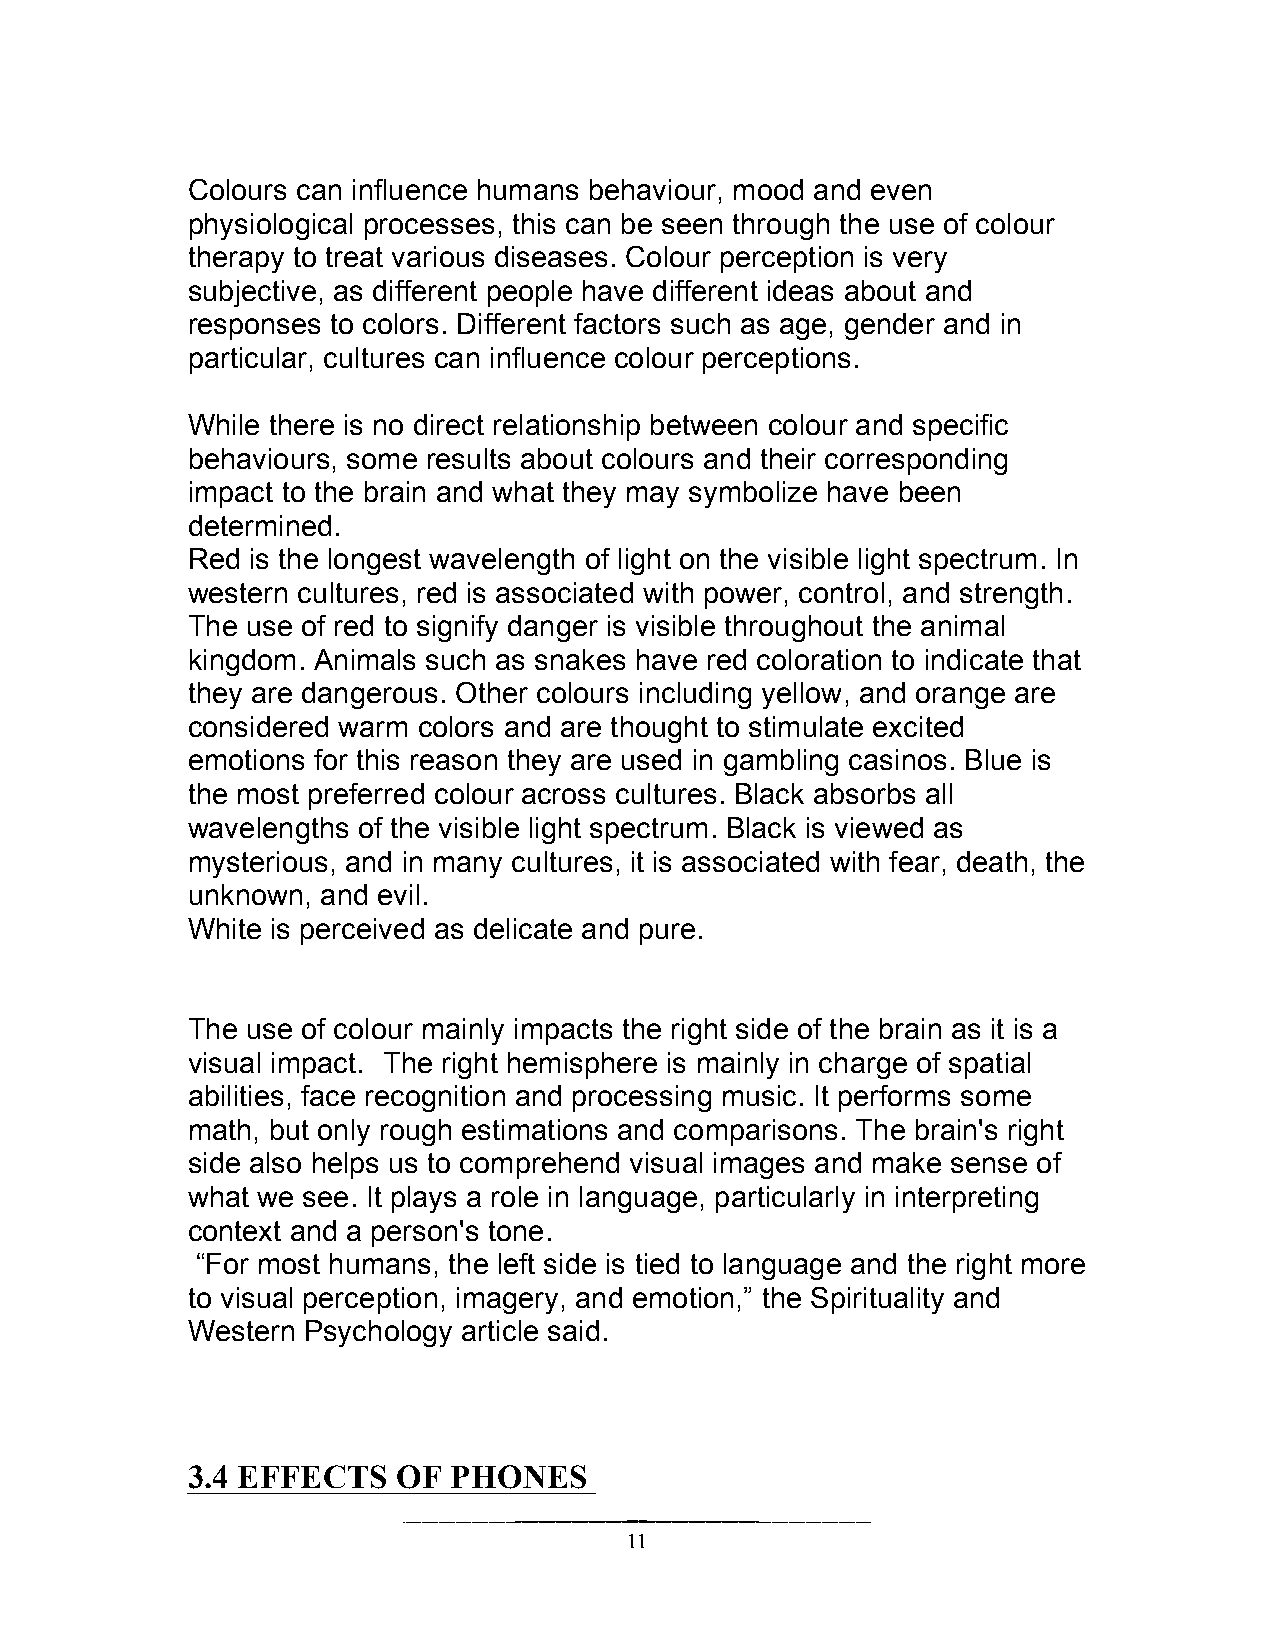
Colours can influence humans behaviour, mood and even
 physiological processes, this can be seen through the use of colour
 therapy to treat various diseases. Colour perception is very
 subjective, as different people have different ideas about and
 responses to colors. Different factors such as age, gender and in
 particular, cultures can influence colour perceptions.
 While there is no direct relationship between colour and specific
 behaviours, some results about colours and their corresponding
 impact to the brain and what they may symbolize have been
 determined.
 Red is the longest wavelength of light on the visible light spectrum. In
 western cultures, red is associated with power, control, and strength.
 The use of red to signify danger is visible throughout the animal
 kingdom. Animals such as snakes have red coloration to indicate that
 they are dangerous. Other colours including yellow, and orange are
 considered warm colors and are thought to stimulate excited
 emotions for this reason they are used in gambling casinos. Blue is
 the most preferred colour across cultures. Black absorbs all
 wavelengths of the visible light spectrum. Black is viewed as
 mysterious, and in many cultures, it is associated with fear, death, the
 unknown, and evil.
 White is perceived as delicate and pure.
 The use of colour mainly impacts the right side of the brain as it is a
 visual impact. The right hemisphere is mainly in charge of spatial
 abilities, face recognition and processing music. It performs some
 math, but only rough estimations and comparisons. The brain's right
 side also helps us to comprehend visual images and make sense of
 what we see. It plays a role in language, particularly in interpreting
 context and a person's tone.
 “For most humans, the left side is tied to language and the right more
 to visual perception, imagery, and emotion,” the Spirituality and
 Western Psychology article said.
 3.4 EFFECTS   OF  PHONES
 11